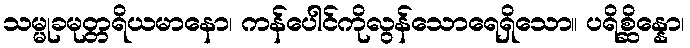
သမ္မုခမုတ္တရိယမာနော၊ ကန်ပေါင်ကိုလွန်သောရေရှိသော။ ပရိစ္ဆိန္နော၊